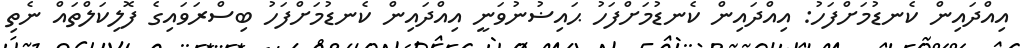
އިއްދައިން ކެނޑުމަށްފަހު: އިއްދައިން ކެނޑުމަށްފަހު ޙައިޟުނުވަނީ އިއްދައިން ކެނޑުމަށްފަހު ބިސްރަވައިގެ ފޮލިކަލްތައް ނެތި